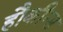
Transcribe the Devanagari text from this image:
हौकीन्स